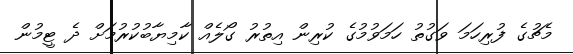
މެޗުގެ ފުރިހަމަ ވަގުތު ހަމަވުމުގެ ކުރިން އިތުރު ގޯލެއް ކާމިޔާބުކުރުމަށް ދެ ޓީމުން